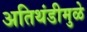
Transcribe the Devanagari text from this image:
अतिथंडीमुळे